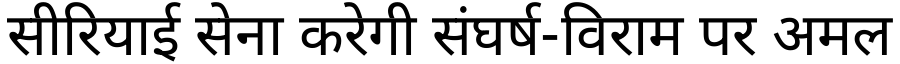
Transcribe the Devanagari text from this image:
सीरियाई सेना करेगी संघर्ष-विराम पर अमल